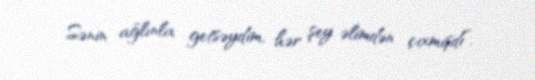
Sənin ağlınla getsəydim, hər şey əlimdən çıxmışdı”.